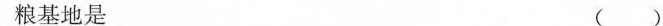
粮基地是 （ ）